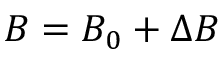
B = B _ { 0 } + \Delta B